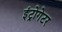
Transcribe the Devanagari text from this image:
इंट्रोगेटर